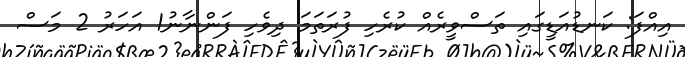
އިއްފަ: ކަނޑުއަޑީގައި ތަސްވީރެއް ކުރެހި ފުރަތަމަ ދިވެހި ފަންނާނު1 އަހަރު 2 މަސް